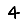
Digit: 4